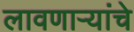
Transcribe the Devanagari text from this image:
लावणाऱ्यांचे